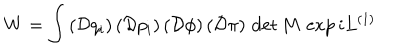
W = \int \, ( \mathcal { D } q _ { i } ) \, ( \mathcal { D } p _ { i } ) \, ( \mathcal { D } \phi ) \, ( \mathcal { D } \pi ) \, \det M \, \exp i L ^ { ( 1 ) }